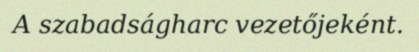
A szabadságharc vezetőjeként.